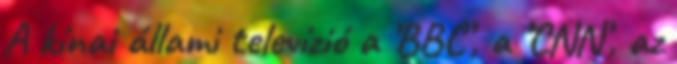
A kínai állami televízió a ’BBC’, a ’CNN’, az